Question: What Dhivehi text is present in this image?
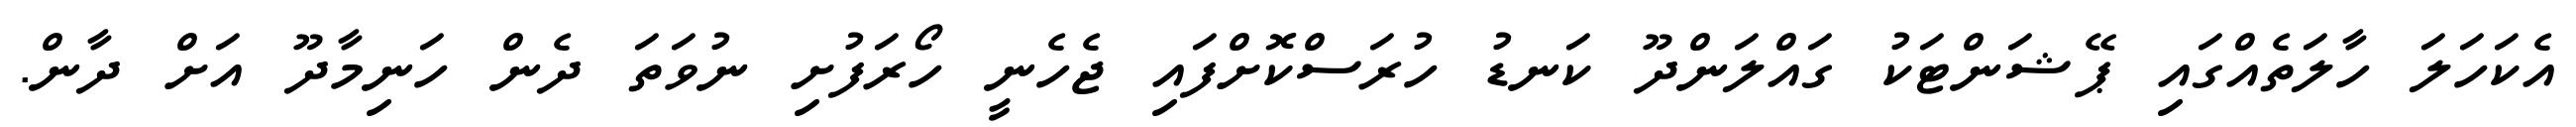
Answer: އެކަހަލަ ހާލަތެއްގައި ޕޭޝަންޓަކު ގައްލަންދޫ ކަނޑު ހުރަސްކޮށްފައި ޖެހެނީ ހޯރަފުށި ނުވަތަ ދެން ހަނިމާދޫ އަށް ދާން.